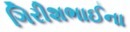
ગિરીશભાઈના